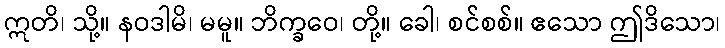
ဣတိ၊ သို့။ နဝဒါမိ၊ မမူ။ ဘိက္ခဝေ၊ တို့။ ခေါ၊ စင်စစ်။ ဧသော ဤဒိသော၊